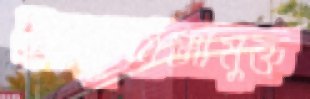
ইনফ্লুয়েঞ্জামুক্ত